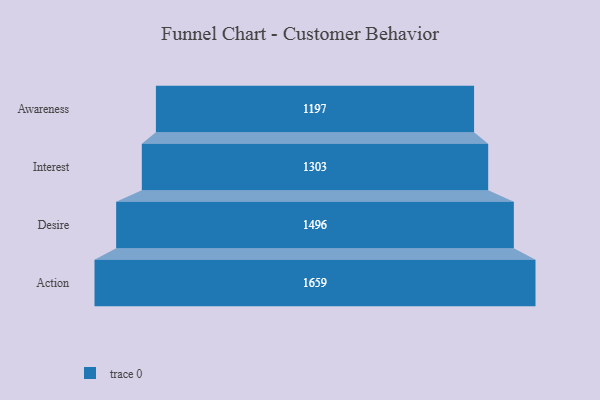
{"axis": {"x": "Stage", "y": "Value"}, "legend": [""], "data": [{"x": "Awareness", "y": 1197.0, "type": ""}, {"x": "Interest", "y": 1303.0, "type": ""}, {"x": "Desire", "y": 1496.0, "type": ""}, {"x": "Action", "y": 1659.0, "type": ""}]}